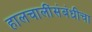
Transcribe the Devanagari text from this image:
हालचालींसंबंधीचा